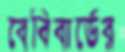
বেবিবার্ডের